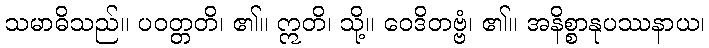
သမာဓိသည်။ ပဝတ္တတိ၊ ၏။ ဣတိ၊ သို့။ ဝေဒိတဗ္ဗံ၊ ၏။ အနိစ္စာနုပဿနာယ၊